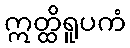
ဣတ္ထိရူပကံ